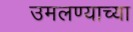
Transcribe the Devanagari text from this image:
उमलण्याच्या